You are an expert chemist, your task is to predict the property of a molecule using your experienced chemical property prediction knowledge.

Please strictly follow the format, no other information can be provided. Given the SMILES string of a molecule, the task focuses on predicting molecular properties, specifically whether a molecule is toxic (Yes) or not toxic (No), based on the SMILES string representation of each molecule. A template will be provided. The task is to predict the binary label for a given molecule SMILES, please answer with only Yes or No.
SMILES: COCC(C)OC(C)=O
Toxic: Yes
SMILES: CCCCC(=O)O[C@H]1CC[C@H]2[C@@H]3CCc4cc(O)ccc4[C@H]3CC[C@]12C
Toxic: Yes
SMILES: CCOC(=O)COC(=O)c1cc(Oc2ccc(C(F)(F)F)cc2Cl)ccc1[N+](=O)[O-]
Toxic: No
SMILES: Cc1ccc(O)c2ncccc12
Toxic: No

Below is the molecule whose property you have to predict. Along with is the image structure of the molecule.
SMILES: c1ccc(Nc2ccccc2)cc1
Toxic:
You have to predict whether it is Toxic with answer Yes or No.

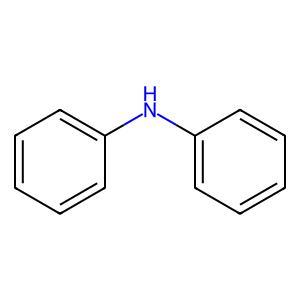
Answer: No